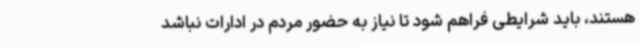
هستند، باید شرایطی فراهم شود تا نیاز به حضور مردم در ادارات نباشد